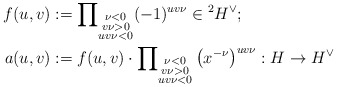
\begin{align*}f(u,v) &:= \prod\nolimits_{\substack{\nu<0\\ v\nu>0\\ uv\nu<0}} (-1)^{uv\nu} \in {}^2H^\vee;\\a(u,v)&:= f(u,v)\cdot \prod\nolimits_{\substack{\nu<0\\ v\nu>0\\ uv\nu<0}} \left(x^{-\nu} \right)^{uv\nu} :H \to H^\vee\end{align*}